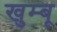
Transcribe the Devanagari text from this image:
खुम्बू